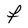
Character: F